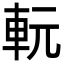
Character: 䡇